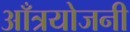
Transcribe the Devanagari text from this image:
आँत्रयोजनी